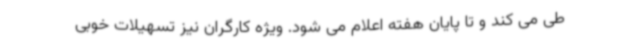
طی می کند و تا پایان هفته اعلام می شود. ویژه کارگران نیز تسهیلات خوبی